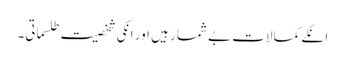
انکے کمالات بے شمار ہیں اور انکی شخصیت طلسماتی۔